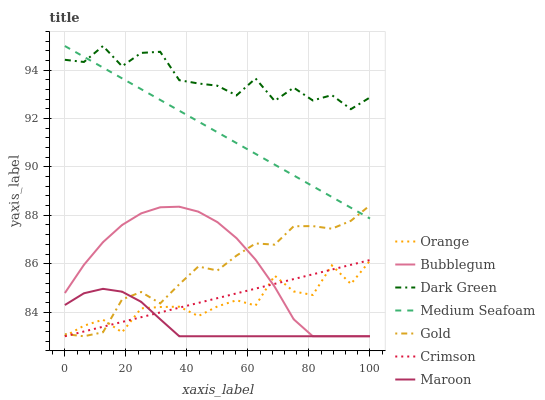
| xaxis_label | Orange | Bubblegum | Dark Green | Medium Seafoam | Gold | Crimson | Maroon |
 | --- | --- | --- | --- | --- | --- | --- | --- |
 | 0 | 83 | 84.8 | 94.4 | 95 | 83.1 | 83 | 84.3 |
 | 6.25 | 83.4 | 86 | 94.3 | 94.6 | 83 | 83.2 | 84.8 |
 | 12.5 | 83.7 | 86.9 | 95 | 94.1 | 83.2 | 83.4 | 85 |
 | 18.8 | 83.2 | 87.6 | 94.2 | 93.7 | 84.5 | 83.6 | 84.8 |
 | 25 | 84.2 | 88.1 | 94.7 | 93.2 | 84.8 | 83.8 | 84.4 |
 | 31.2 | 84.2 | 88.3 | 94.8 | 92.8 | 84.4 | 84 | 83.7 |
 | 37.5 | 84.2 | 88.4 | 93.6 | 92.3 | 85.1 | 84.2 | 83 |
 | 43.8 | 83.8 | 88.2 | 93.5 | 91.9 | 85.9 | 84.4 | 83 |
 | 50 | 84.2 | 87.7 | 93.4 | 91.4 | 85.7 | 84.6 | 83 |
 | 56.2 | 84.5 | 87.1 | 93 | 91 | 86.3 | 84.8 | 83 |
 | 62.5 | 84.3 | 86.2 | 93.7 | 90.5 | 86.8 | 85 | 83 |
 | 68.8 | 85.5 | 85 | 92.7 | 90.1 | 86.8 | 85.2 | 83 |
 | 75 | 84.9 | 83.7 | 93.3 | 89.6 | 87.5 | 85.4 | 83 |
 | 81.2 | 84.7 | 83 | 92.7 | 89.2 | 87.6 | 85.6 | 83 |
 | 87.5 | 85.9 | 83 | 93 | 88.8 | 87.4 | 85.8 | 83 |
 | 93.8 | 85.2 | 83 | 92.4 | 88.3 | 87.8 | 86 | 83 |
 | 100 | 86.1 | 83 | 92.9 | 87.9 | 88.4 | 86.2 | 83 |